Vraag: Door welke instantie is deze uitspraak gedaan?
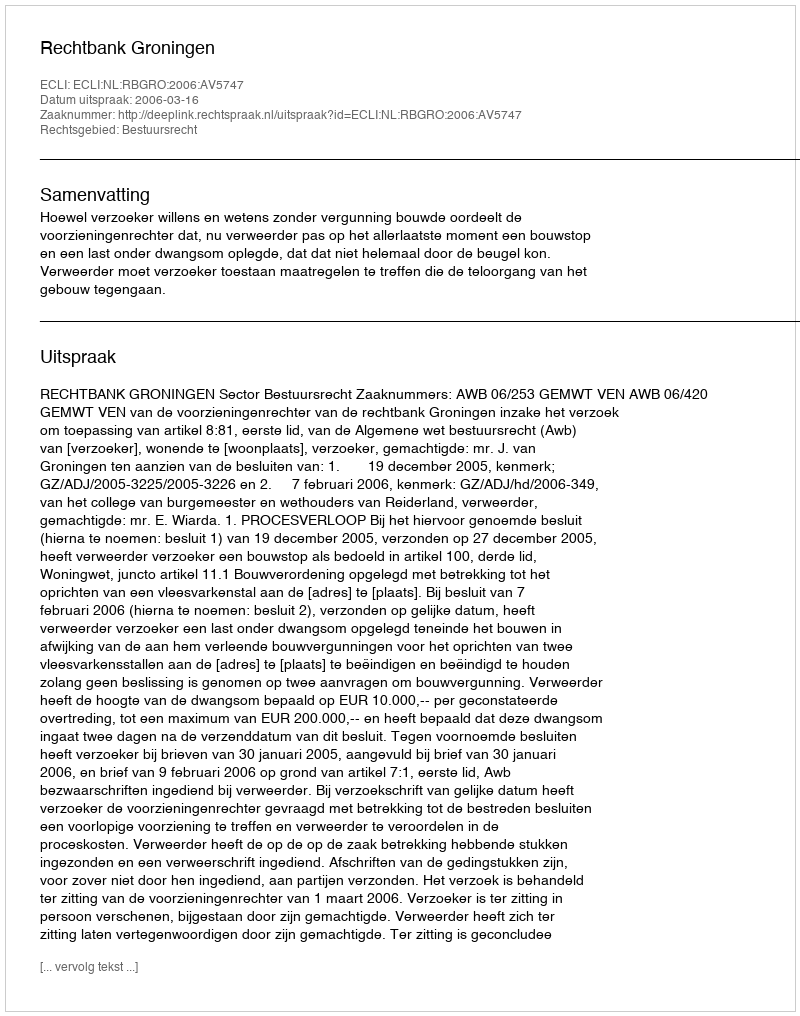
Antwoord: Rechtbank Groningen